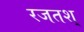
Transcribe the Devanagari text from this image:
रजतश्